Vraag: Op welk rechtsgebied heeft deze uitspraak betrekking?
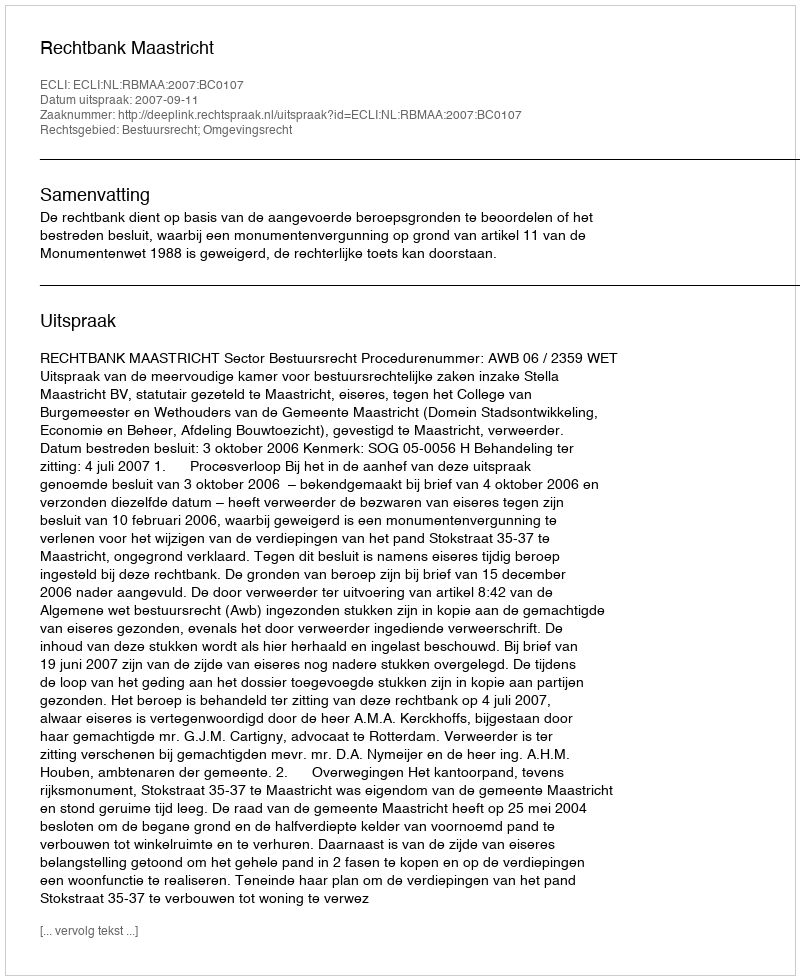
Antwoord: Bestuursrecht; Omgevingsrecht